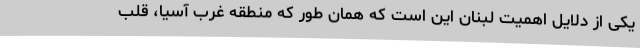
یکی از دلایل اهمیت لبنان این است که همان طور که منطقه غرب آسیا، قلب